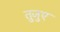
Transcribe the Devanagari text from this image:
तुजुए